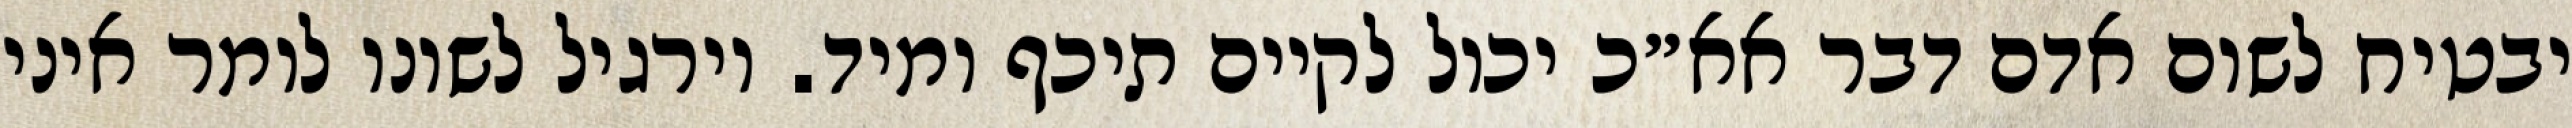
יבטיח לשום אדם דבר אא״כ יכול לקיים תיכף ומיד. וירגיל לשונו לומר איני